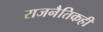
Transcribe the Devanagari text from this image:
राजनैतिकही